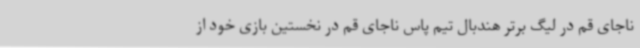
ناجای قم در لیگ برتر هندبال تیم پاس ناجای قم در نخستین بازی خود از